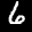
Label: 6